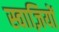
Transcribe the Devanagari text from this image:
स्वाज़ियों